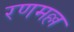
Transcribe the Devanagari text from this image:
रणमल्ल